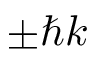
\pm \hbar k